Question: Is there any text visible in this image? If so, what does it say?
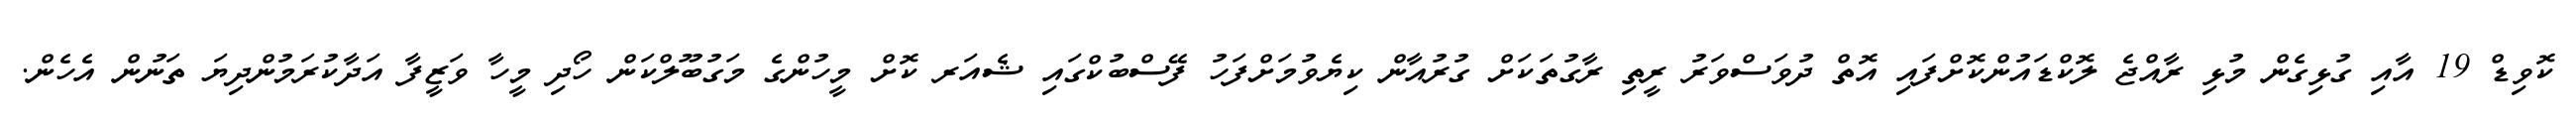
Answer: ކޮވިޑް 19 އާއި ގުޅިގެން މުޅި ރާއްޖެ ލޮކްޑައުންކޮށްފައި އޮތް ދުވަސްވަރު ރީތި ރާގުތަކަށް ގުރުއާން ކިޔެވުމަށްފަހު ފޭސްބުކްގައި ޝެއަރ ކޮށް މީހުންގެ މަގުބޫލްކަން ހޯދި މީހާ ވަޒީފާ އަދާކުރަމުންދިޔަ ތަނުން އެހެން.